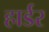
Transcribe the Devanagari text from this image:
हार्डर